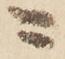
ニ